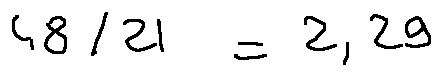
4 8 / 2 1 = 2 . 2 9